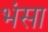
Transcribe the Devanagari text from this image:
भंसा